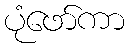
ပုံဖော်ကာ